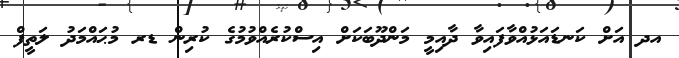
އދ އަށް ކަނޑައަޅުއްވާފައިވާ ދާއިމީ މަންދޫބަކަށް އިސްކުރެއްވުމުގެ ކުރިން ޑރ މުޙައްމަދު ލަތީފް